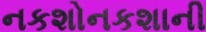
નકશોનકશાની